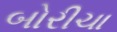
બોરીચા